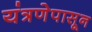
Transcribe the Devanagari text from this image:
यंत्रणेपासून